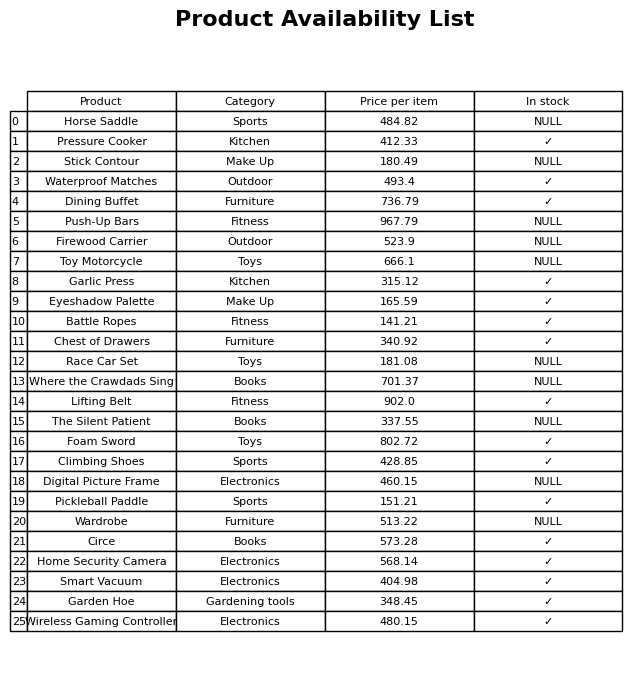
question: What is the stock status of the Foam Sword?
answer: ✓